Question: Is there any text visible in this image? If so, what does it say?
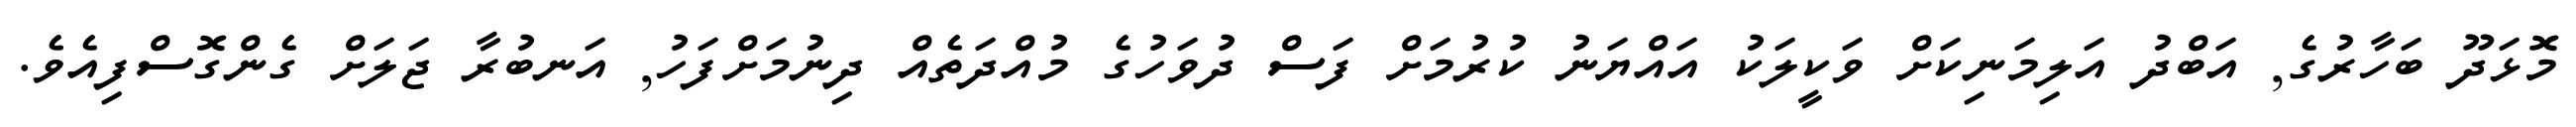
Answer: މޮޅަދޫ ބަހާރުގެ, އަބްދު އަލިމަނިކަށް ވަކީލަކު އައްޔަނު ކުރުމަށް ފަސް ދުވަހުގެ މުއްދަތެއް ދިނުމަށްފަހު, އަނބުރާ ޖަލަށް ގެންގޮސްފިއެވެ.